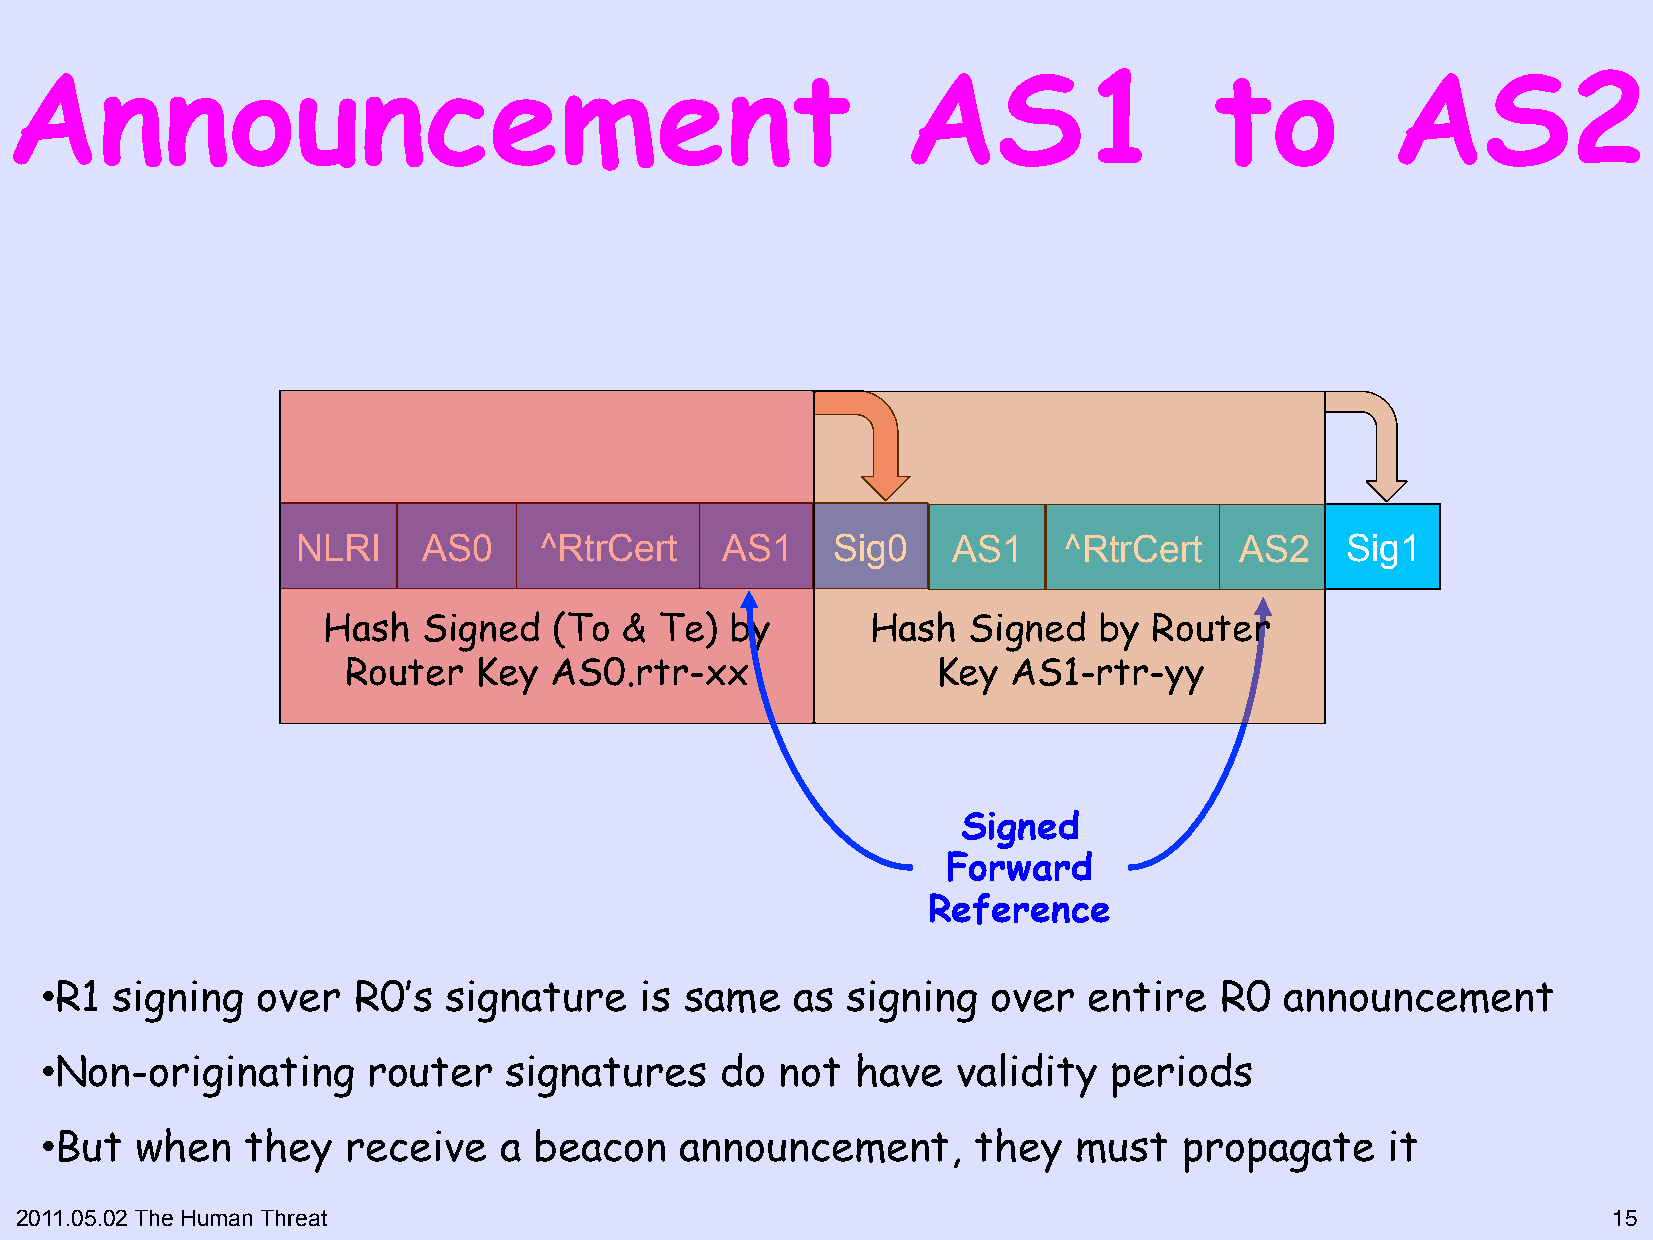
Announcement                                                AS1                 to          AS2
 NLRI    AS0     ^RtrCert    AS1    Sig0    AS1    ^RtrCert    AS2    Sig1
 Hash   Signed   (To &  Te) by        Hash  Signed   by Router
 Router  Key  AS0.rtr-xx                Key  AS1-rtr-yy
 Signed
 Forward
 Reference
 • R1 signing  over  R0’s  signature    is same   as  signing   over  entire   R0  announcement
 • Non-originating    router   signatures     do  not  have  validity  periods
 • But when   they   receive   a beacon    announcement,       they  must   propagate     it
 2011.05.02 The Human Threat                                                                               15"